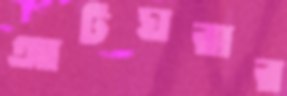
আটঘরার